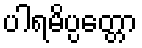
ပါရမိပ္ပတ္တော